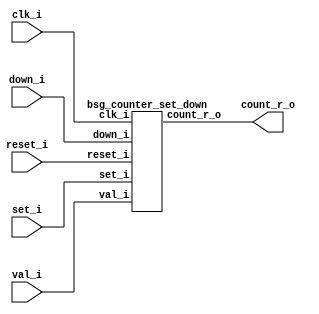


module top
(
  clk_i,
  reset_i,
  set_i,
  val_i,
  down_i,
  count_r_o
);

  input [31:0] val_i;
  output [31:0] count_r_o;
  input clk_i;
  input reset_i;
  input set_i;
  input down_i;

  bsg_counter_set_down
  wrapper
  (
    .val_i(val_i),
    .count_r_o(count_r_o),
    .clk_i(clk_i),
    .reset_i(reset_i),
    .set_i(set_i),
    .down_i(down_i)
  );


endmodule



module bsg_counter_set_down
(
  clk_i,
  reset_i,
  set_i,
  val_i,
  down_i,
  count_r_o
);

  input [31:0] val_i;
  output [31:0] count_r_o;
  input clk_i;
  input reset_i;
  input set_i;
  input down_i;
  wire N0,N1,N2,N3,N4,N5,N6,N7,N8,N9,N10,N11,N12,N13,N14,N15,N16,N17,N18,N19,N20,N21,
  N22,N23,N24,N25,N26,N27,N28,N29,N30,N31,N32,N33,N34,N35,N36,N37,N38,N39,N40,N41,
  N42,N43,N44,N45,N46,N47,N48,N49,N50,N51,N52,N53,N54,N55,N56,N57,N58,N59,N60,N61,
  N62,N63,N64,N65,N66,N67,N68,N69,N70,N71;
  wire [31:0] ctr_n;
  reg [31:0] count_r_o;
  assign ctr_n = { N69, N68, N67, N66, N65, N64, N63, N62, N61, N60, N59, N58, N57, N56, N55, N54, N53, N52, N51, N50, N49, N48, N47, N46, N45, N44, N43, N42, N41, N40, N39, N38 } - down_i;
  assign { N36, N35, N34, N33, N32, N31, N30, N29, N28, N27, N26, N25, N24, N23, N22, N21, N20, N19, N18, N17, N16, N15, N14, N13, N12, N11, N10, N9, N8, N7, N6, N5 } = (N0)? { 1'b0, 1'b0, 1'b0, 1'b0, 1'b0, 1'b0, 1'b0, 1'b0, 1'b0, 1'b0, 1'b0, 1'b0, 1'b0, 1'b0, 1'b0, 1'b0, 1'b0, 1'b0, 1'b0, 1'b0, 1'b0, 1'b0, 1'b0, 1'b0, 1'b0, 1'b0, 1'b0, 1'b0, 1'b0, 1'b0, 1'b0, 1'b0 } : 
                                                                                                                                                                         (N1)? ctr_n : 1'b0;
  assign N0 = reset_i;
  assign N1 = N4;
  assign { N69, N68, N67, N66, N65, N64, N63, N62, N61, N60, N59, N58, N57, N56, N55, N54, N53, N52, N51, N50, N49, N48, N47, N46, N45, N44, N43, N42, N41, N40, N39, N38 } = (N2)? val_i : 
                                                                                                                                                                              (N3)? count_r_o : 1'b0;
  assign N2 = set_i;
  assign N3 = N37;
  assign N4 = ~reset_i;
  assign N37 = ~set_i;
  assign N70 = ~down_i;
  assign N71 = down_i;

  always @(posedge clk_i) begin
    if(1'b1) begin
      { count_r_o[31:0] } <= { N36, N35, N34, N33, N32, N31, N30, N29, N28, N27, N26, N25, N24, N23, N22, N21, N20, N19, N18, N17, N16, N15, N14, N13, N12, N11, N10, N9, N8, N7, N6, N5 };
    end 
  end


endmodule